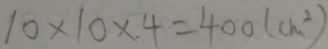
1 1 0 \times 1 0 \times 4 = 4 0 0 ( c m ^ { 2 } )